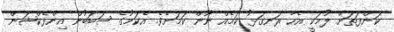
ކަންފަތަށް ލުމަކީ އެހާ ރަނގަޅު ކަމެއް ނޫން ކަމަށެވެ. އެކަމުގެ ސަބަބުން އިންފެކްޝަން